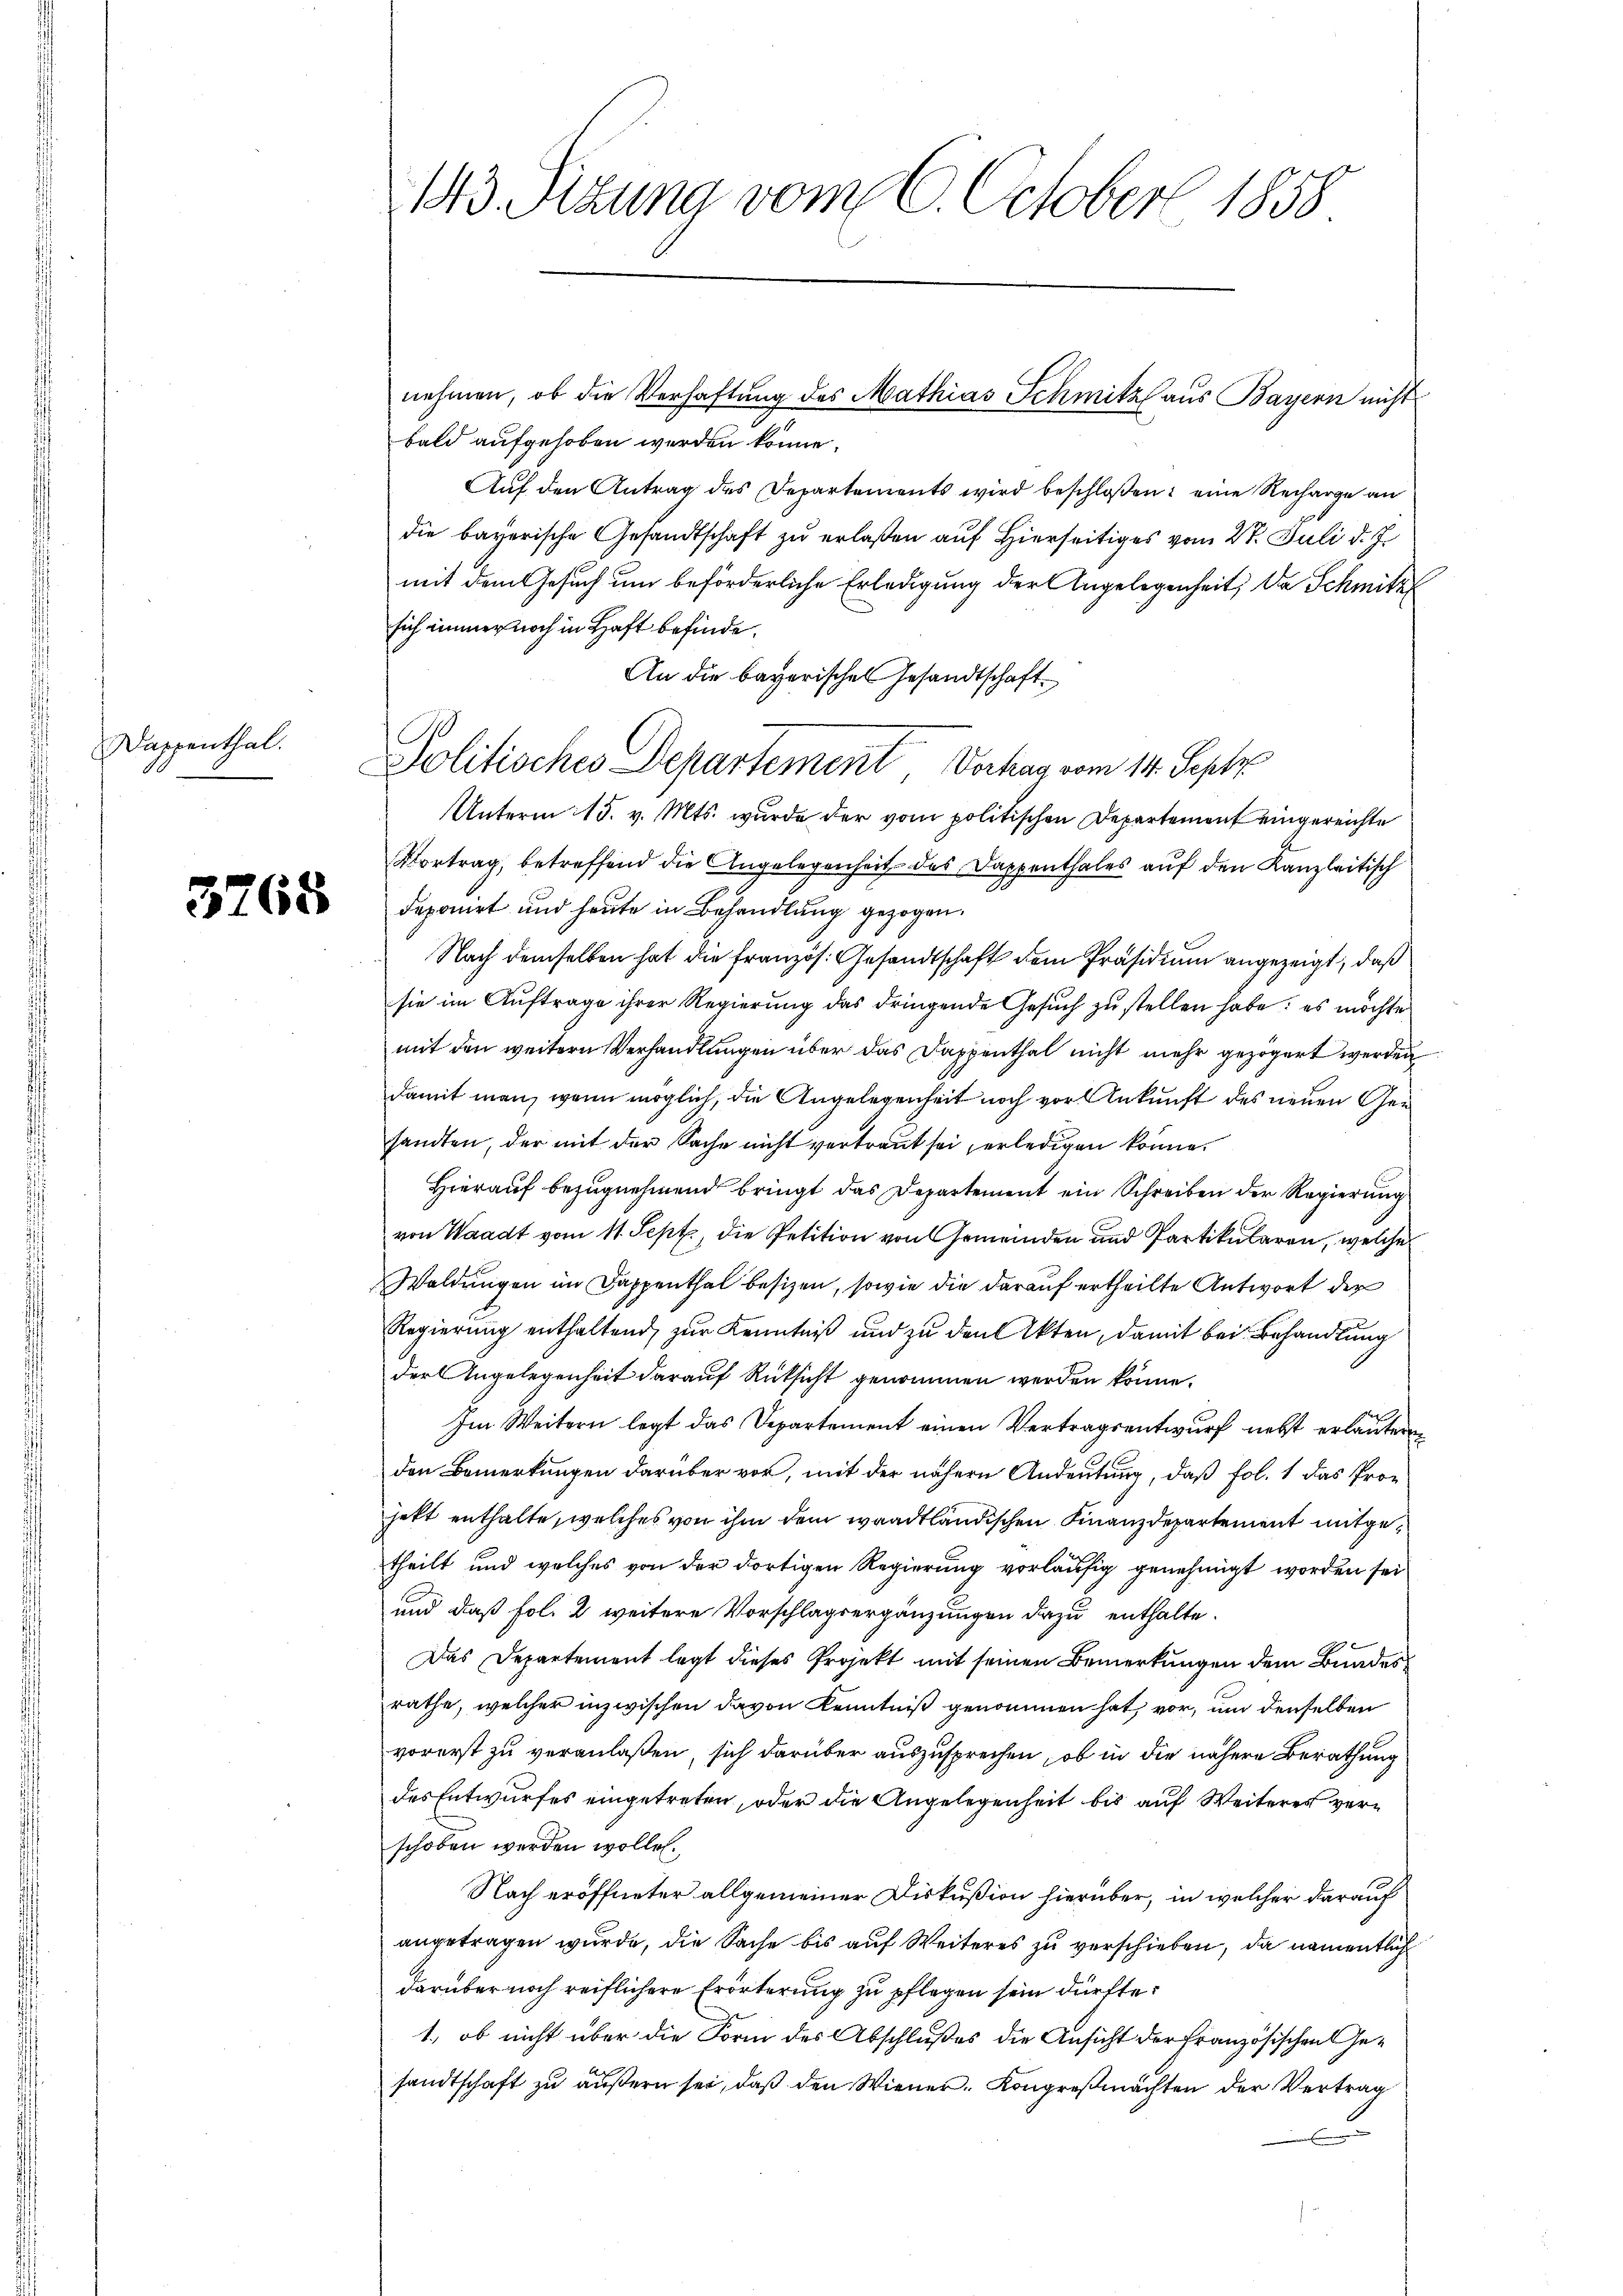
Dappenthal.

3768

143. Sizung vom 6. October 1858

bald aufgehoben werden könne.
Auf den Antrag des Departements wird beschloßen: eine Recharge an
die bayerische Gesandtschaft zu erlaßen auf Hierseitiges vom 27. Juli d. J.
mit dem Gesuch um beförderliche Erledigung der Angelegenheit, da Schmitz
sich immer noch in Haft befinde.
An die bayerischen Gesandtschaft
Unterm 15. v. Mts. wurde der vom politischen Departement eingereichte
Vortrag, betreffend die Angelegenheit des Dappenthales auf den Kanzleitisch
deponirt und heute in Behandlung gezogen.
Nach demselben hat die französ. Gesandtschaft dem Präsidium angezeigt, daß
sie im Auftrage ihrer Regierung das dringende Gesuch zu stellen habe; es möchte
mit den weitern Verhandlungen über das Dappenthal nicht mehr gezögert werden
damit man, wenn möglich, die Angelegenheit noch vor Ankunft des neuen Gesandten, der mit der Sache nicht vertraut sei, erledigen könne.
Hierauf bezugnehmend bringt das Departement ein Schreiben der Regierung
von Waadt vom 11. Sept., die Petition von Gemeinden und Partikularen, welche
Waldungen im Dappenthal besizen, sowie die darauf ertheilte Antwort der
Regierung enthaltend, zur Kenntniß und zu den Akten, damit bei Behandlung
der Angelegenheit darauf Rüksicht genommen werden könne.
Im Weitern legt das Departement einen Vertragsentwurf nebst erläuteren
den Bemerkungen darüber vor, mit der nähern Andeutung, daß fol. 1 das Projett enthalte, welches von ihm dem waadtländischen Finanzdepartement mitgetheilt und welches von der dortigen Regierung vorläufig genehmigt worden sei
und daß fol. 2 weitere Vorschlagsergänzungen dazu enthalte.
1
Das Departement legt dieses Projekt mit seinen Bemerkungen dem Bundesrathe, welcher inzwischen davon Kenntniß genommen hat, vor, um denselben
vorerst zu veranlaßen, sich darüber auszusprechen, ob in die nähere Berathung
des Entwurfes eingetreten, oder die Angelegenheit bis auf Weiteres verschoben werden wollen.
Nach eröffneter allgemeiner Diskußion hierüber, in welcher darauf
angetragen wurde, die Sache bis auf Weiteres zu verschieben, da namentlich
darüber noch reiflichere Erörterung zu pflegen sein dürfte.
1., ob nicht über die Form des Abschlußes die Ansicht der Französischen Gesandtschaft zu äußern sei, daß den Wiener. Kongreßmachten der Vertrag

Politisches Departement Verhag vom 14. Septz

nehmen, ob die Verhaftung des Mathias Schmitz aus Bayern nicht